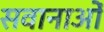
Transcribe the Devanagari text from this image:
सवानाओं